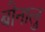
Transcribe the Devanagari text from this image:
बोनालु